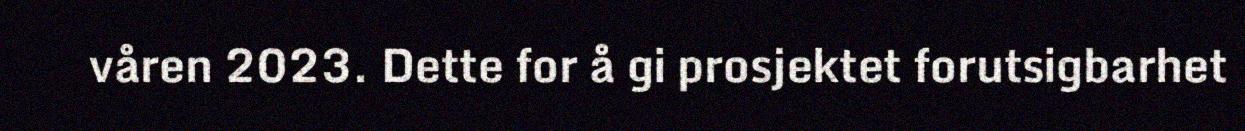
våren 2023. Dette for å gi prosjektet forutsigbarhet